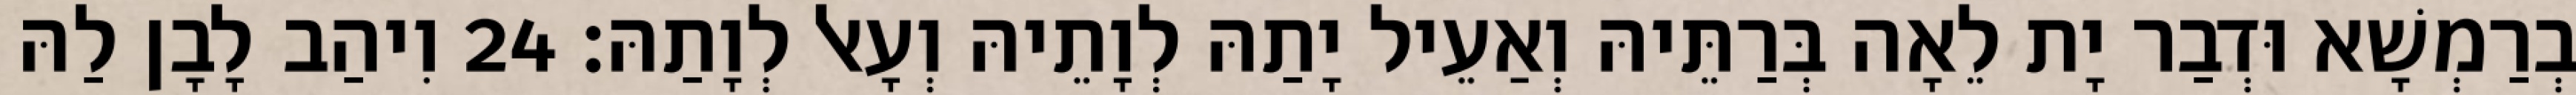
בְרַמְשָׁא וּדְבַר יָת לֵאָה בְּרַתֵּיהּ וְאַעֵיל יָתַהּ לְוָתֵיהּ וְעָאל לְוָתַהּ׃ 24 וִיהַב לָבָן לַהּ